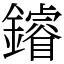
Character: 䥧